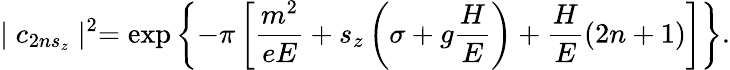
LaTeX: \mid c_{2ns_{z}}\mid^{2}=\exp\left\{ -\pi\left[\frac{m^{2}}{eE}+s_{z}\left(\sigma+g\frac HE\right)+\frac HE(2n+1)\right]\right\} .